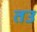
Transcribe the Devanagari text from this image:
तउ